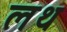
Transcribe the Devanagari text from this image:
लथ